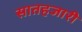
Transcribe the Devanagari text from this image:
सातहजारी